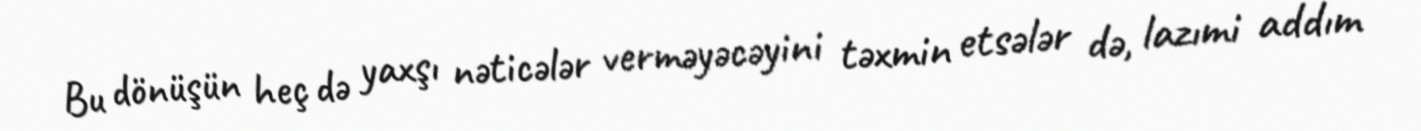
Bu dönüşün heç də yaxşı nəticələr verməyəcəyini təxmin etsələr də, lazımi addım